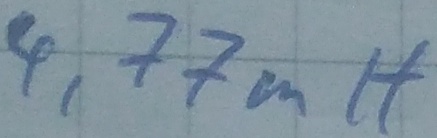
Text: 4,77mH